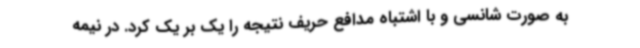
به صورت شانسی و با اشتباه مدافع حریف نتیجه را یک بر یک کرد. در نیمه